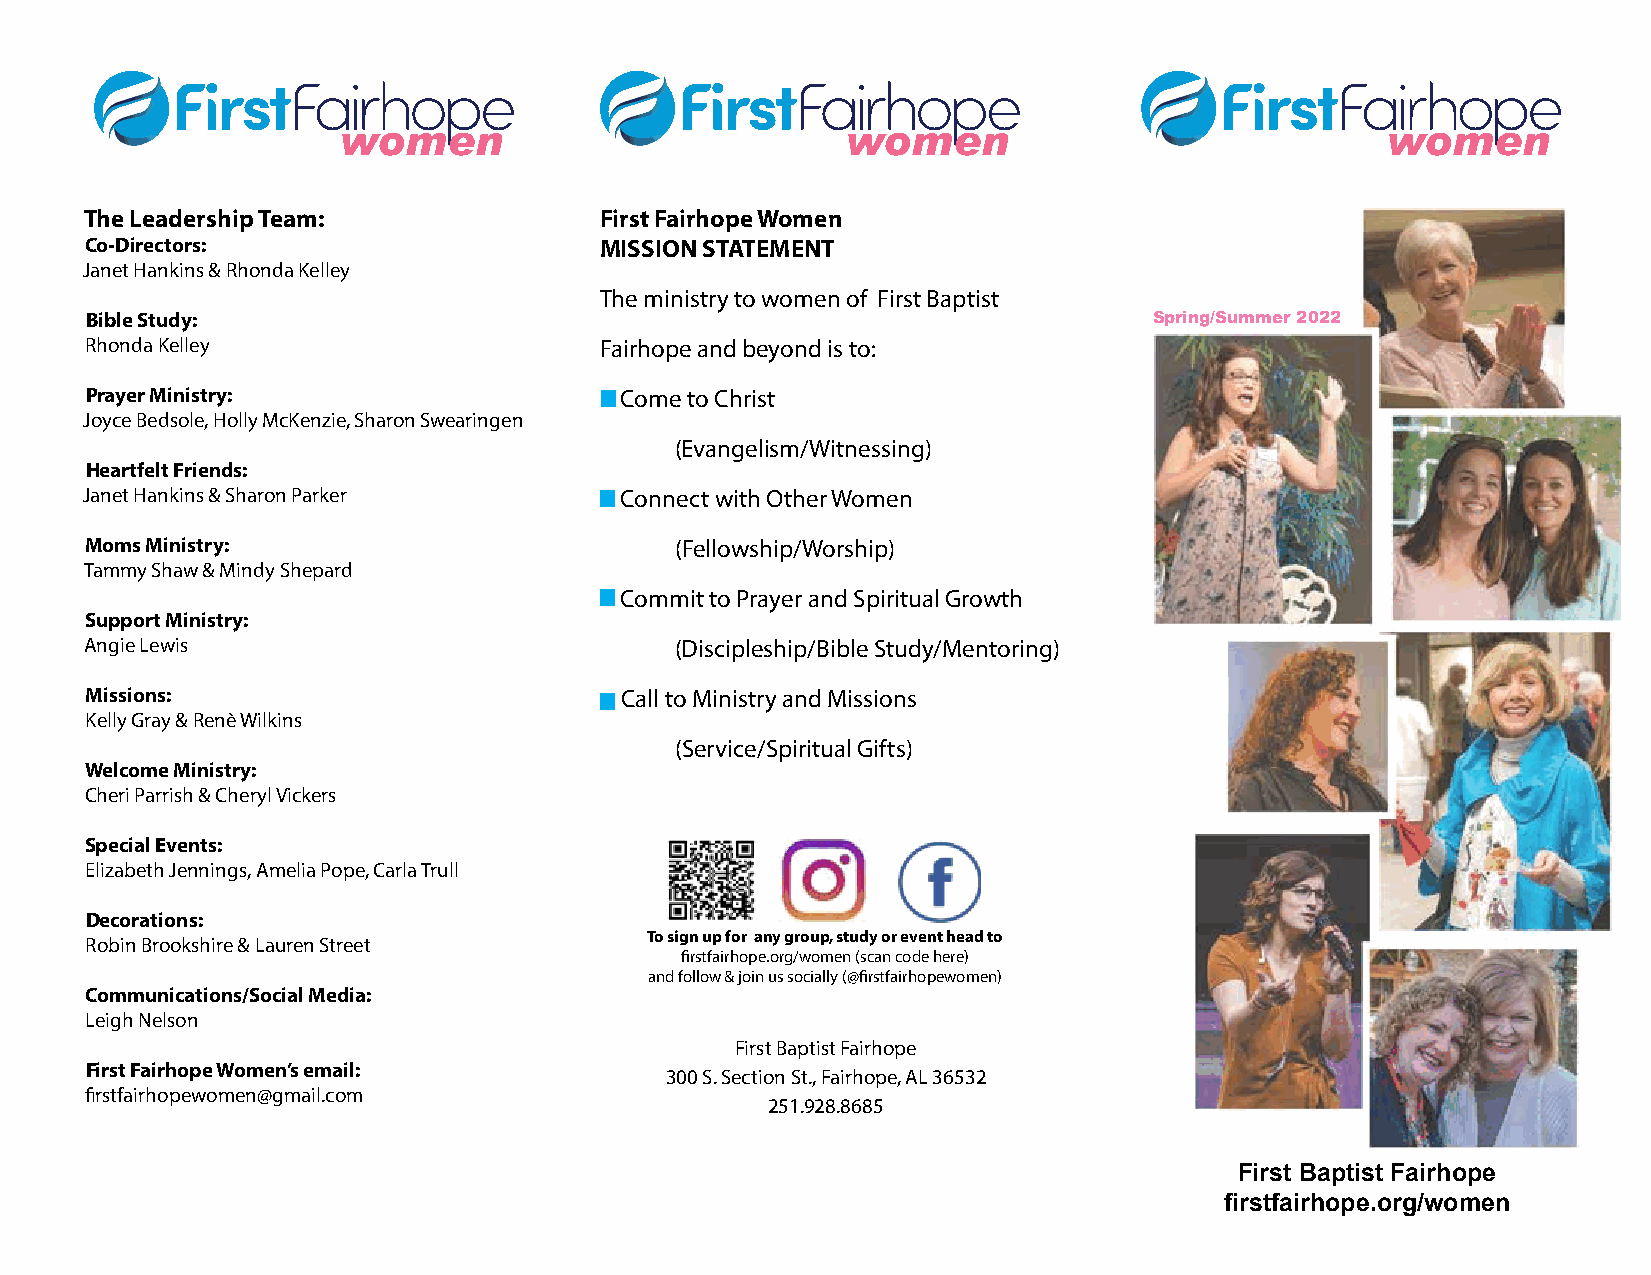
women                             women                               women
 The Leadership Team:              First Fairhope Women
 Co-Directors:                     MISSION STATEMENT
 Janet Hankins & Rhonda Kelley
 The ministry to women of First Baptist
 Bible Study:                                                          Spring/Summer 2022
 Rhonda Kelley                     Fairhope and beyond is to:
 Prayer Ministry:                   Come to Christ
 Joyce Bedsole, Holly McKenzie, Sharon Swearingen
 (Evangelism/Witnessing)
 Heartfelt Friends:
 Janet Hankins & Sharon Parker      Connect with Other Women
 Moms Ministry:                         (Fellowship/Worship)
 Tammy Shaw & Mindy Shepard
 Commit to Prayer and Spiritual Growth
 Support Ministry:
 Angie Lewis                            (Discipleship/Bible Study/Mentoring)
 Missions:                          Call to Ministry and Missions
 Kelly Gray & Renè Wilkins
 (Service/Spiritual Gifts)
 Welcome Ministry:
 Cheri Parrish & Cheryl Vickers
 Special Events:
 Elizabeth Jennings, Amelia Pope, Carla Trull
 Decorations:
 To sign up for any group, study or event head to
 Robin Brookshire & Lauren Street
 firstfairhope.org/women (scan code here)
 and follow & join us socially (@firstfairhopewomen)
 Communications/Social Media:
 Leigh Nelson
 First Baptist Fairhope
 First Fairhope Women’s email:
 300 S. Section St., Fairhope, AL 36532
 firstfairhopewomen@gmail.com
 251.928.8685
 First Baptist Fairhope
 firstfairhope.org/women